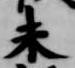
未